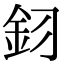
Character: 𮡦